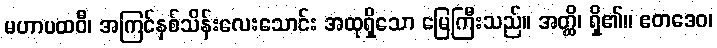
မဟာပထဝီ၊ အကြင်နှစ်သိန်းလေးသောင်း အထုရှိသော မြေကြီးသည်။ အတ္ထိ၊ ရှိ၏။ ဧတဒေဝ၊